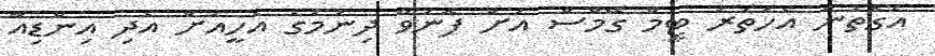
އެގޮތުން އެހަތަރު ޓީމް ގޭމްސް އަށް ފޮނުވާ ދިނުމުގެ އެހީއަށް އެދި އިންޑިއާ